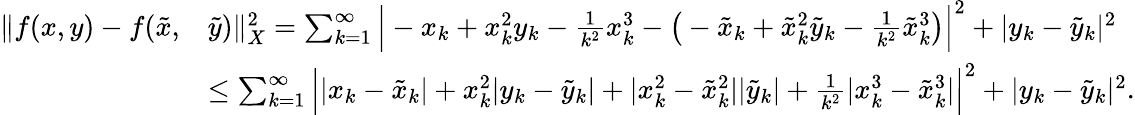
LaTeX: \begin{array}{rl}{\| f(x,y)-f(\tilde{x},}&{\tilde{y})\| _{X}^{2}=\sum_{k=1}^{\infty}\Big|-x_{k}+x_{k}^{2}y_{k}-\frac{1}{k^{2}}x_{k}^{3}-\big(-\tilde{x}_{k}+\tilde{x}_{k}^{2}\tilde{y}_{k}-\frac{1}{k^{2}}\tilde{x}_{k}^{3}\big)\Big|^{2}+|y_{k}-\tilde{y}_{k}|^{2}}\\ &{\le\sum_{k=1}^{\infty}\Big||x_{k}-\tilde{x}_{k}|+x_{k}^{2}|y_{k}-\tilde{y}_{k}|+|x_{k}^{2}-\tilde{x}_{k}^{2}||\tilde{y}_{k}|+\frac{1}{k^{2}}|x_{k}^{3}-\tilde{x}_{k}^{3}|\Big|^{2}+|y_{k}-\tilde{y}_{k}|^{2}.}\end{array}